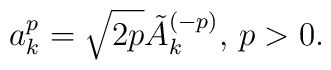
a^p_k = \sqrt{2p} \tilde A_k^{(-p)},\, p>0.